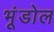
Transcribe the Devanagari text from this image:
भूंडोल